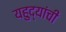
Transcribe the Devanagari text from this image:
यहुद्यांची